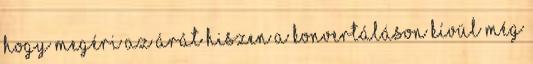
hogy megéri az árát hiszen a konvertáláson kívül még